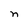
Character: n